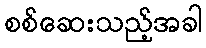
စစ်ဆေးသည့်အခါ